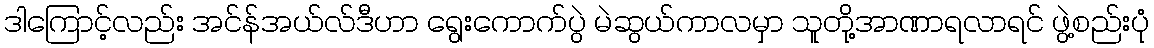
ဒါကြောင့်လည်း အင်န်အယ်လ်ဒီဟာ ရွေးကောက်ပွဲ မဲဆွယ်ကာလမှာ သူတို့အာဏာရလာရင် ဖွဲ့စည်းပုံ